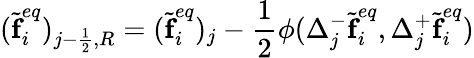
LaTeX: (\widetilde{\textbf{f}}_{i}^{eq})_{j-\frac{1}{2},R}=(\widetilde{\textbf{f}}_{i}^{eq})_{j}-\frac{1}{2}\phi(\Delta_{j}^{-}\widetilde{\textbf{f}}_{i}^{eq},\Delta_{j}^{+}\widetilde{\textbf{f}}_{i}^{eq})